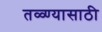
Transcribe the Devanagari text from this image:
तळ्ण्यासाठी